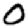
Digit: 0